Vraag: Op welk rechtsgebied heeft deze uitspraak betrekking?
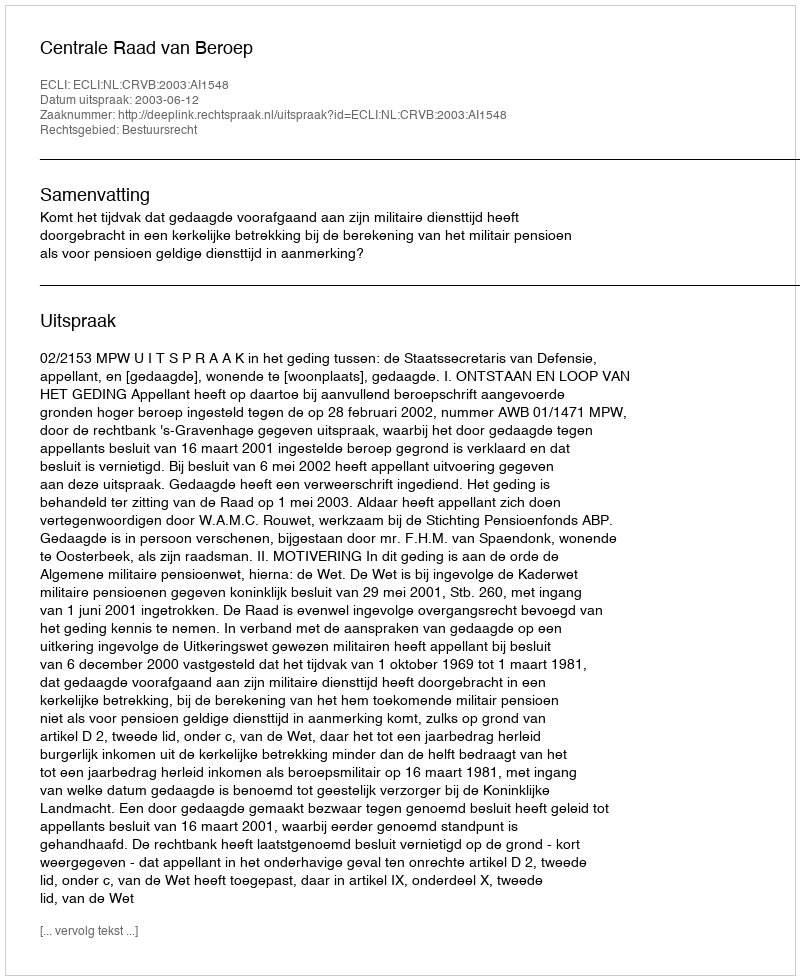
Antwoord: Bestuursrecht